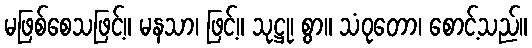
မဖြစ်စေသဖြင့်။ မနသာ၊ ဖြင့်။ သုဋ္ဌု၊ စွာ။ သံဝုတော၊ စောင့်သည်။